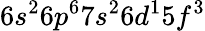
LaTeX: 6s^{2}6p^{6}7s^{2}6d^{1}5f^{3}